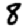
Digit: 8